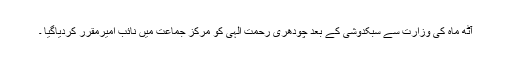
آٹھ ماہ کی وزارت سے سبکدوشی کے بعد چودھری رحمت الٰہی کو مرکز جماعت میں نائب امیرمقرر کردیاگیا ۔